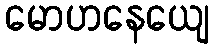
မောဟနေယျေ